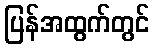
ပြန်အထွက်တွင်